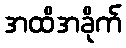
အထိအခိုက်